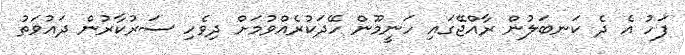
ފަހު އެ ދެ ކަނބަލުން ރާއްޖޭގައި ހަނީމޫން ހޭދަކުރެއްވުމަށް ދިވެހި ސަރުކާރުން ދައުވަތު